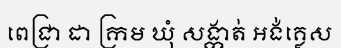
ពេជ្រា ដា ក្រម ឃុំ សង្កាត់ អង់គ្លេស